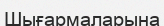
Шығармаларына